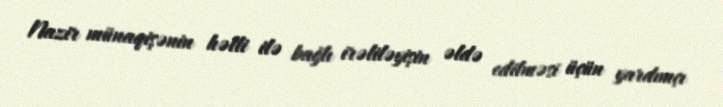
Nazir münaqişənin həlli ilə bağlı irəliləyişin əldə edilməsi üçün yardımçı